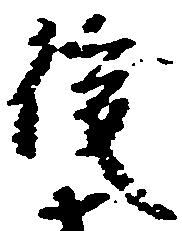
後